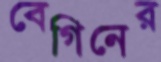
বেগিনের